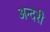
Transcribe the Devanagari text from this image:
अन्दरी